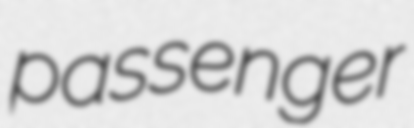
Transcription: passenger